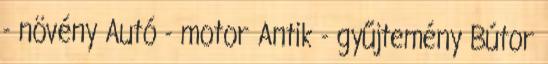
- növény Autó - motor Antik - gyűjtemény Bútor